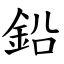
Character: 鉛